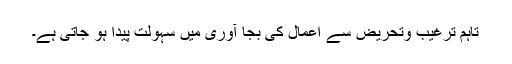
تاہم ترغیب وتحریض سے اعمال کی بجا آوری میں سہولت پیدا ہو جاتی ہے۔